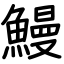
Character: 鰻